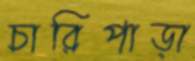
চারিপাড়া